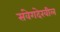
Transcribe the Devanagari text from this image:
संवेगदेखील